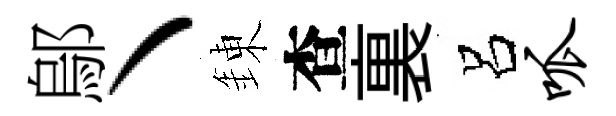
鄔丶錬查裏呂呱